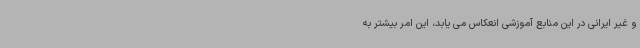
و غیر ایرانی در این منابع آموزشی انعکاس می یابد، این امر بیشتر به